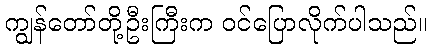
ကျွန်တော်တို့ဦးကြီးက ဝင်ပြောလိုက်ပါသည်။